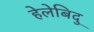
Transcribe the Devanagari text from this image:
हेलेबिदु